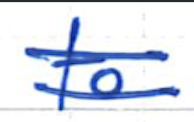
Text: to
Cross-out: double-line
Writing tool: ballpoint